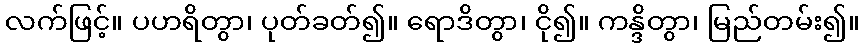
လက်ဖြင့်။ ပဟရိတွာ၊ ပုတ်ခတ်၍။ ရောဒိတွာ၊ ငို၍။ ကန္ဒိတွာ၊ မြည်တမ်း၍။